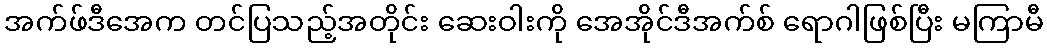
အက်ဖ်ဒီအေက တင်ပြသည့်အတိုင်း ဆေးဝါးကို အေအိုင်ဒီအက်စ် ရောဂါဖြစ်ပြီး မကြာမီ